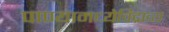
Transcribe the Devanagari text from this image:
पाण्यामध्येविद्राव्य